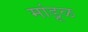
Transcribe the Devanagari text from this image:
मांडूळ